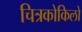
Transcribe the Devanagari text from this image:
चित्रकोकिलों